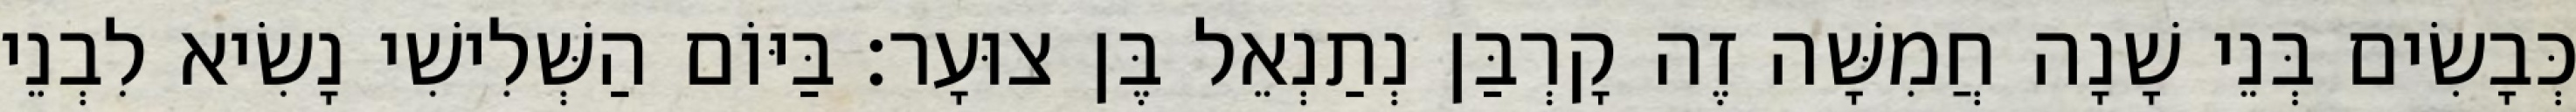
כְּבָשִׂים בְּנֵי שָׁנָה חֲמִשָּׁה זֶה קָרְבַּן נְתַנְאֵל בֶּן צוּעָר׃ בַּיּוֹם הַשְּׁלִישִׁי נָשִׂיא לִבְנֵי